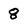
Character: 8